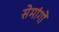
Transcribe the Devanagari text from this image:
सेमांगों